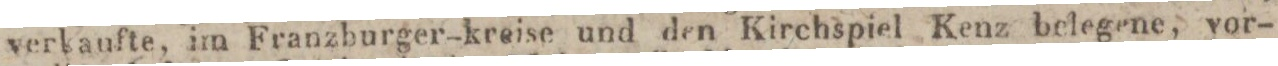
verkaufte, im Franzburger-kreise und den Kirchspiel Kenz belegene, vor-